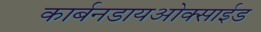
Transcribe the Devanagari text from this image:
कार्बनडायओक्साईड